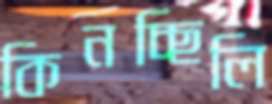
কিনচ্ছিলি